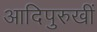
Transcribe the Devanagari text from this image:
आदिपुरुखीं